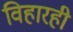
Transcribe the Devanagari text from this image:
विहारही